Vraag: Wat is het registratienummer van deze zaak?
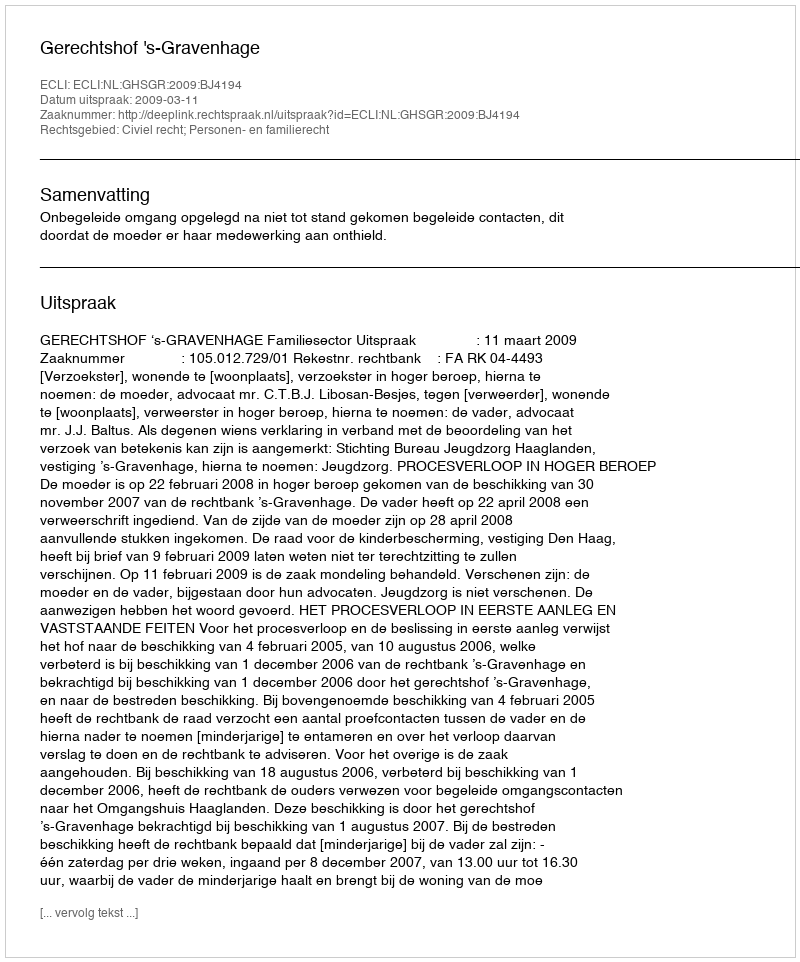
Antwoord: http://deeplink.rechtspraak.nl/uitspraak?id=ECLI:NL:GHSGR:2009:BJ4194